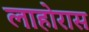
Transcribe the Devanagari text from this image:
लाहोरास